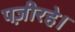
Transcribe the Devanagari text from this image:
पज़ीरहे।